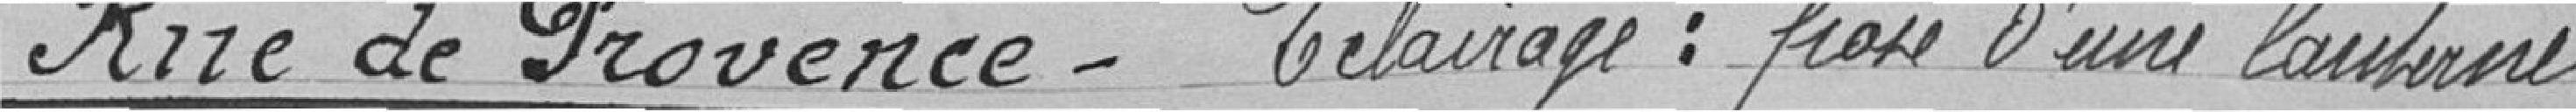
Rue de Provence - Éclairage : pose d'une lanterne.